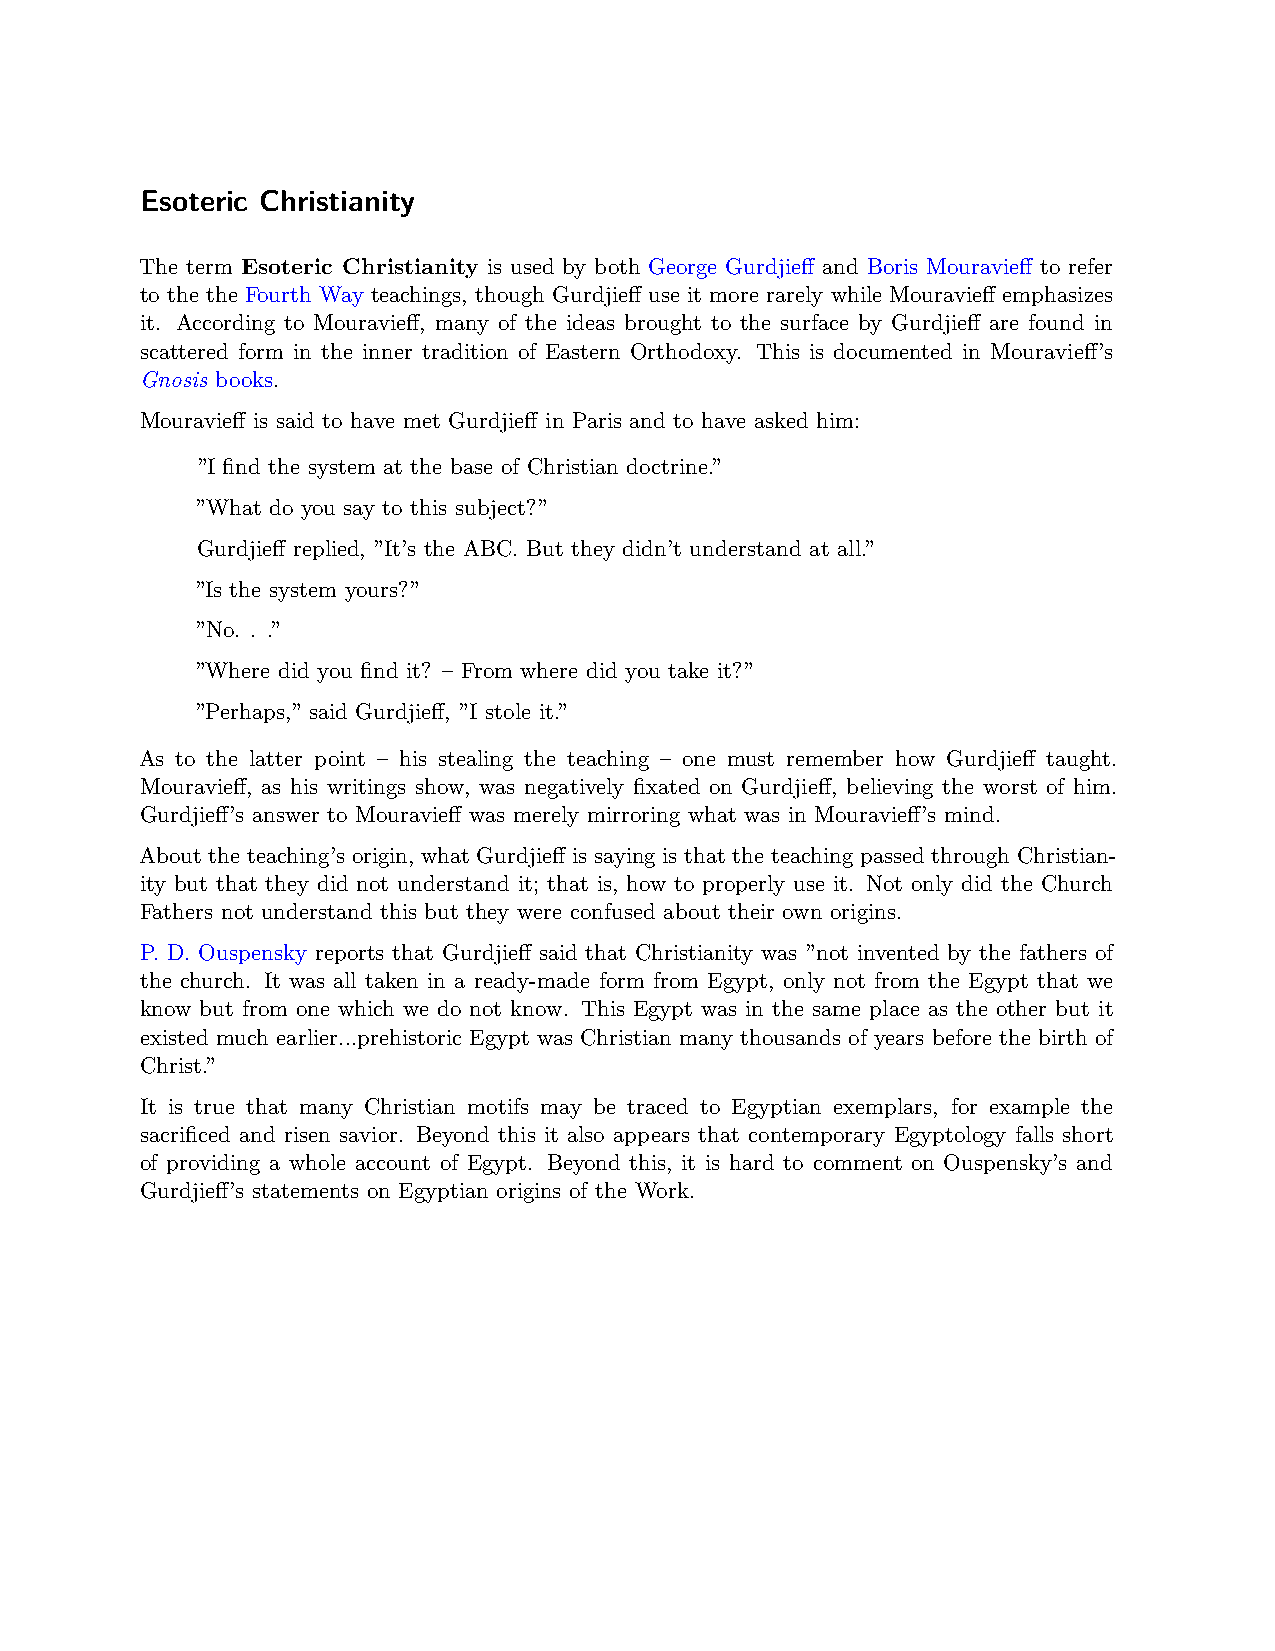
Esoteric Christianity
 The term Esoteric Christianity is used by both George Gurdjieff and Boris Mouravieff to refer
 to the the Fourth Way teachings, though Gurdjieff use it more rarely while Mouravieff emphasizes
 it. According to Mouravieff, many of the ideas brought to the surface by Gurdjieff are found in
 scattered form in the inner tradition of Eastern Orthodoxy. This is documented in Mouravieff’s
 Gnosis books.
 Mouravieff is said to have met Gurdjieff in Paris and to have asked him:
 ”I find the system at the base of Christian doctrine.”
 ”What do you say to this subject?”
 Gurdjieff replied, ”It’s the ABC. But they didn’t understand at all.”
 ”Is the system yours?”
 ”No. . .”
 ”Where did you find it? – From where did you take it?”
 ”Perhaps,” said Gurdjieff, ”I stole it.”
 As to the latter point – his stealing the teaching – one must remember how Gurdjieff taught.
 Mouravieff, as his writings show, was negatively fixated on Gurdjieff, believing the worst of him.
 Gurdjieff’s answer to Mouravieff was merely mirroring what was in Mouravieff’s mind.
 About the teaching’s origin, what Gurdjieff is saying is that the teaching passed through Christian-
 ity but that they did not understand it; that is, how to properly use it. Not only did the Church
 Fathers not understand this but they were confused about their own origins.
 P. D. Ouspensky reports that Gurdjieff said that Christianity was ”not invented by the fathers of
 the church. It was all taken in a ready-made form from Egypt, only not from the Egypt that we
 know but from one which we do not know. This Egypt was in the same place as the other but it
 existed much earlier...prehistoric Egypt was Christian many thousands of years before the birth of
 Christ.”
 It is true that many Christian motifs may be traced to Egyptian exemplars, for example the
 sacrificed and risen savior. Beyond this it also appears that contemporary Egyptology falls short
 of providing a whole account of Egypt. Beyond this, it is hard to comment on Ouspensky’s and
 Gurdjieff’s statements on Egyptian origins of the Work.